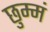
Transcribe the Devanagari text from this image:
छुम्मं